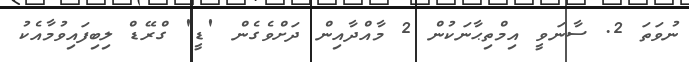
ނުވަތަ 2. ސާނަވީ އިމްތިޙާނަކުން 2 މާއްދާއިން ދަށްވެގެން 'ޑީ' ގްރޭޑް ލިބިފައިވުމާއެކު